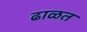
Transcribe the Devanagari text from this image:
ढाळत